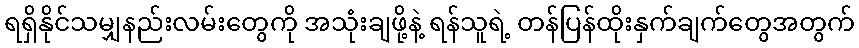
ရရှိနိုင်သမျှနည်းလမ်းတွေကို အသုံးချဖို့နဲ့ ရန်သူရဲ့ တန်ပြန်ထိုးနှက်ချက်တွေအတွက်